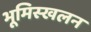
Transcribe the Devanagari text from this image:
भूमिस्खलन